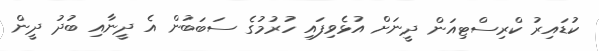
ކުޑައިރު ކްރިސްޓިއަން ދީނަށް އުޅެވިފައި ހުރުމުގެ ސަބަބުން އެ ދީނާއި ބުދު ދީން